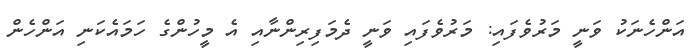
އަންހެނަކު ވަނީ މަރުވެފައި: މަރުވެފައި ވަނީ ދެމަފިރިންނާއި އެ މީހުންގެ ހަމައެކަނި އަންހެން